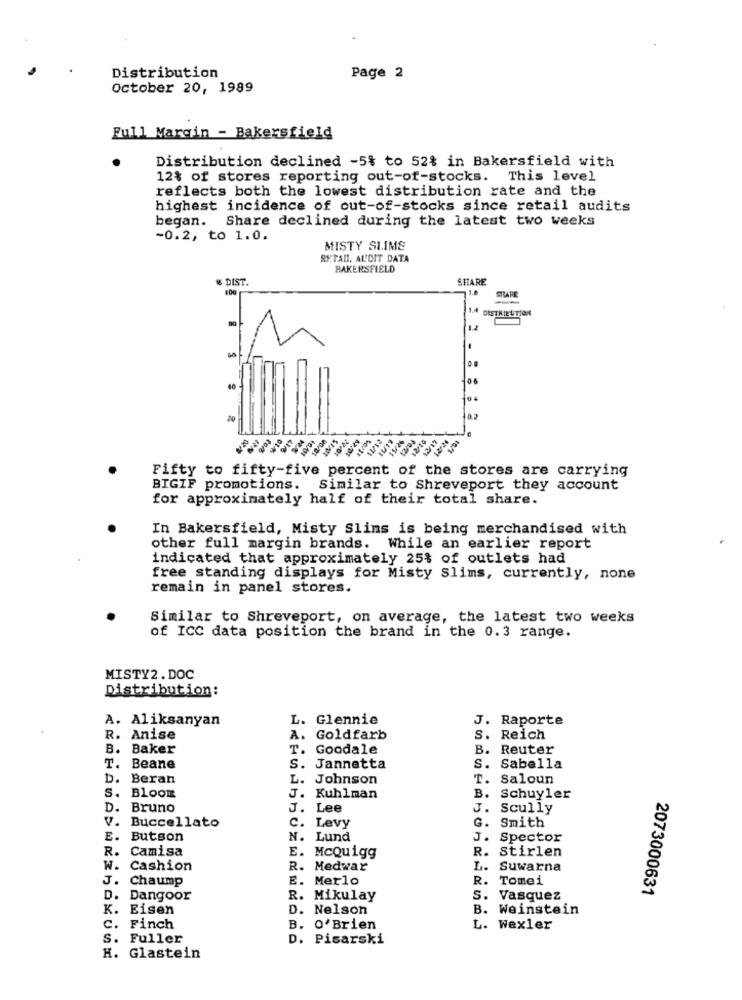
Distribution
Page 2
October 20, 1989
Full Margin - Bakersfield
Distribution declined -5% to 52% in Bakersfield with
12% of stores reporting out-of-stocks. This level
reflects both the lowest distribution rate and the
highest incidence of out-of-stocks since retail audits
began. Share declined during the latest two weeks
-0.2, to 1.0.
MISTY SIIMS
RETAIL, AL'DIT DATA
BAKERSFIELD
& DIST.
SHARE
WILARE
1.4
DISTRIBUTION
1.2
06
40
12/17
1/9
21/11
Fifty to fifty-five percent of the stores are carrying
BIGIF promotions. Similar to Shreveport they account
for approximately half of their total share.
In Bakersfield, Misty Slims is being merchandised with
other full margin brands. While an earlier report
indicated that approximately 25% of outlets had
free standing displays for Misty slims, currently, none
remain in panel stores.
Similar to Shreveport, on average, the latest two weeks
of ICC data position the brand in the 0.3 range.
MISTY2 .DOC
Distribution:
A. Aliksanyan
L. Glennie
J. Raporte
R. Anise
. Goldfarb
S. Reich
B.
Baker
. Goodale
B. Reuter
T.
Beane
S. Jannetta
S. Sabella
D. Beran
.Johnson
T. Saloun
S. BLOOm
J. Kuhlman
B. Schuyler
D.
Bruno
J. Lee
J. Scully
V. Buccellato
C. Levy
G. Smith
E.
Butson
N. Lund
J. Spector
R.
Camisa
R. Stirlen
E. McQuigg
W.
Cashion
R. Medwar
L. Suwarna
J.
Chaump
E. Merlo
R. Tomei
2073000631
D.
Dangoor
R. Mikulay
S. Vasquez
K. Eisen
D. Nelson
B. Weinstein
c.
Finch
B. O'Brien
L. Wexler
S. Fuller
D. Pisarski
H. Glastein